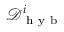
\mathcal { D } _ { \mathrm { ~ h ~ y ~ b ~ } } ^ { i }